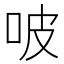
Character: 𠱀